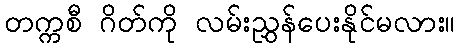
တက္ကစီ ဂိတ်ကို လမ်းညွှန်ပေးနိုင်မလား။